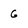
Character: G